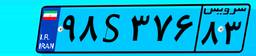
۹۸S۳۷۶۸۳